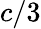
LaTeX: c/3